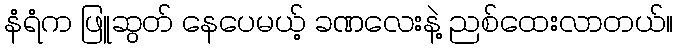
နံရံက ဖြူဆွတ် နေပေမယ့် ခဏလေးနဲ့ ညစ်ထေးလာတယ်။